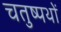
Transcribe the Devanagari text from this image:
चतुष्पथों